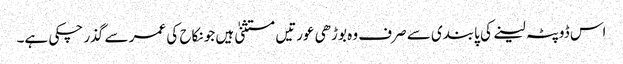
اس ڈوپٹہ لینے کی پابندی سے صرف وہ بوڑھی عورتیں مستثنیٰ ہیں جو نکاح کی عمر سے گذر چکی ہے۔